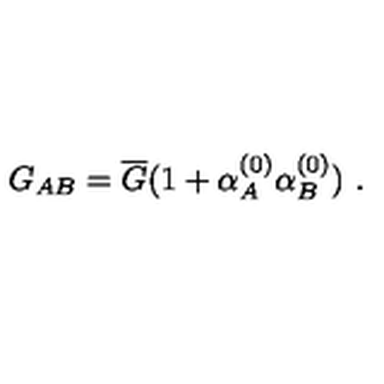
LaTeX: G _ { A B } = \overline { G } ( 1 + \alpha _ { A } ^ { ( 0 ) } \alpha _ { B } ^ { ( 0 ) } ) \ .